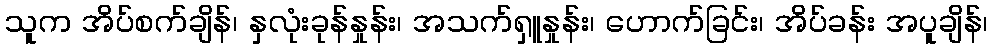
သူက အိပ်စက်ချိန်၊ နှလုံးခုန်နှုန်း၊ အသက်ရှူနှုန်း၊ ဟောက်ခြင်း၊ အိပ်ခန်း အပူချိန်၊